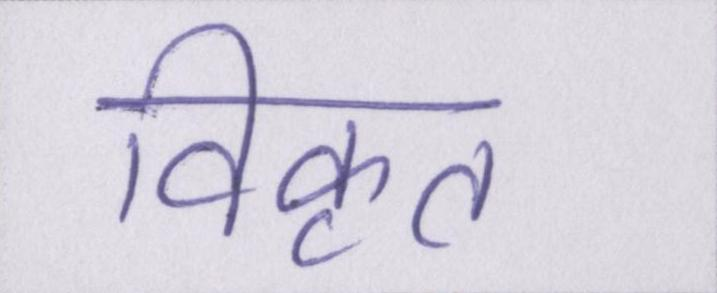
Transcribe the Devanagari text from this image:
विकृत